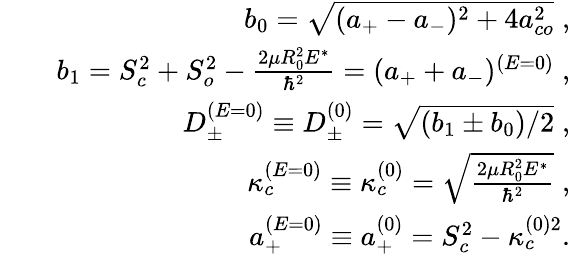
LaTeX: \begin{array}{rlr}&{}&{b_{0}=\sqrt{(a_{+}-a_{-})^{2}+4a_{co}^{2}}\; ,}\\ &{}&{b_{1}=S_{c}^{2}+S_{o}^{2}-\frac{2\mu R_{0}^{2}E^{*}}{\hbar^{2}}=(a_{+}+a_{-})^{(E=0)}\; ,}\\ &{}&{D_{\pm}^{(E=0)}\equiv D_{\pm}^{(0)}=\sqrt{(b_{1}\pm b_{0})/2}\; ,}\\ &{}&{\kappa_{c}^{(E=0)}\equiv\kappa_{c}^{(0)}=\sqrt{\frac{2\mu R_{0}^{2}E^{*}}{\hbar^{2}}}\; ,}\\ &{}&{a_{+}^{(E=0)}\equiv a_{+}^{(0)}=S_{c}^{2}-\kappa_{c}^{(0)2}.}\end{array}